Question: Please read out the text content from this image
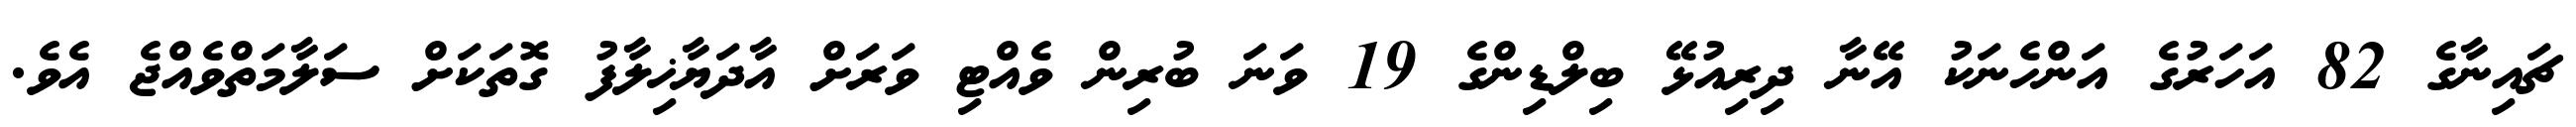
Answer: ޗައިނާގެ 82 އަހަރުގެ އަންހެނަކު އޭނާ ދިރިއުޅޭ ބިލްޑިންގެ 19 ވަނަ ބުރިން ވެއްޓި ވަރަށް އާދަޔާޚިލާފު ގޮތަކަށް ސަލާމަތްވެއްޖެ އެވެ.